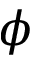
\phi